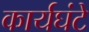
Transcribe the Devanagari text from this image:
कार्यघंटे